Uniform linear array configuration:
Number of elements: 12
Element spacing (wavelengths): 0.5
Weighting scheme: exponential
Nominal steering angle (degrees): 0
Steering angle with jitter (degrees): -0.3194
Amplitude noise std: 0.05
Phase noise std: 0.05

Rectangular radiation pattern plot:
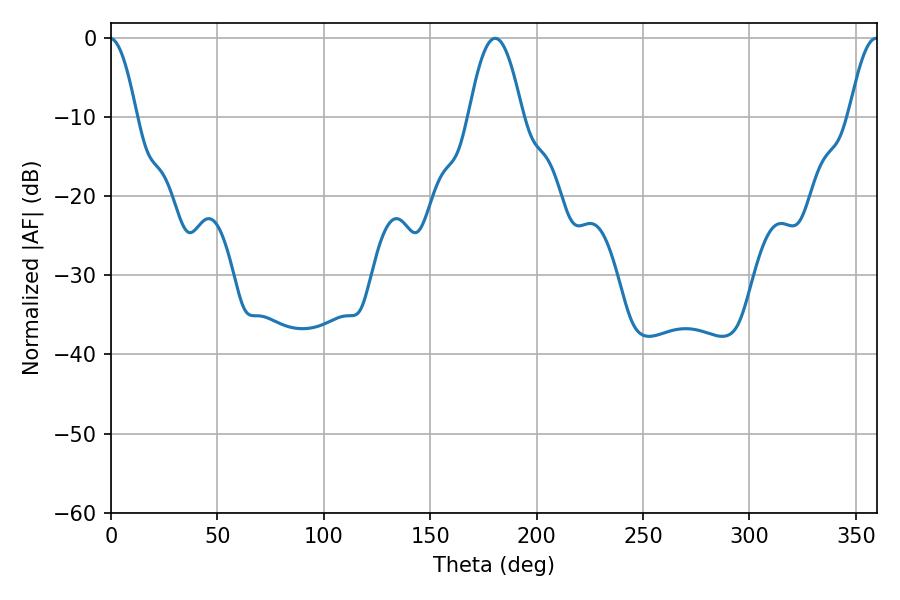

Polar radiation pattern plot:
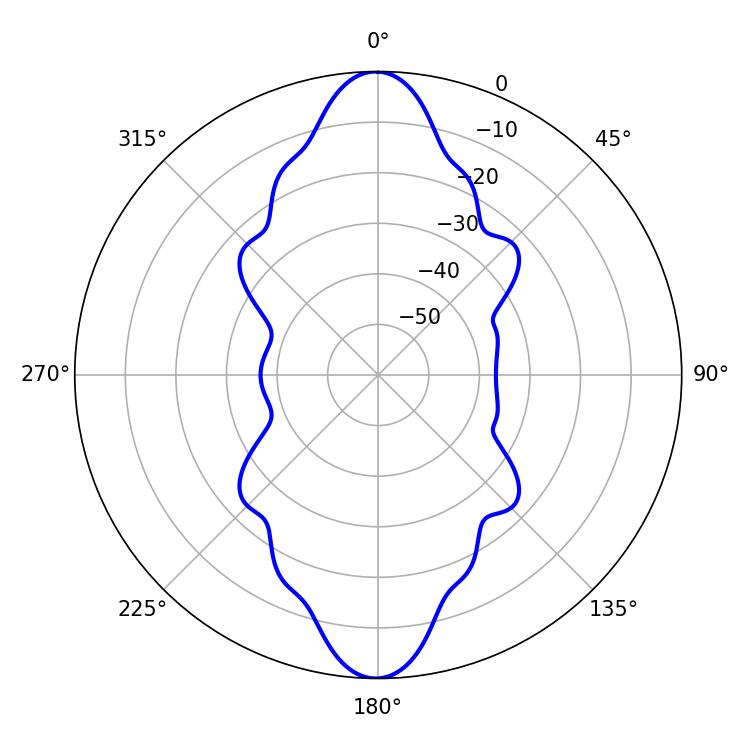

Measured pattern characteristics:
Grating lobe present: FALSE
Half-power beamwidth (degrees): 13.68
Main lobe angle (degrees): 180.54